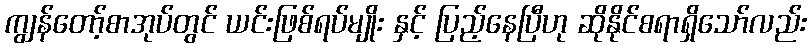
ကျွန်တော့်စာအုပ်တွင် ယင်းဖြစ်ရပ်မျိုး နှင့် ပြည့်နေပြီဟု ဆိုနိုင်စရာရှိသော်လည်း